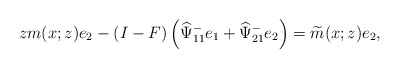
\begin{align*}zm(x;z)e_2-(I-F)\left(\widehat{\Psi}^-_{11} e_1+\widehat{\Psi}^-_{21} e_2\right)=\widetilde{m}(x;z) e_2,\end{align*}